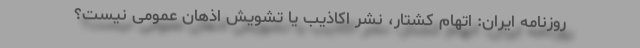
روزنامه ایران: اتهام کشتار، نشر اکاذیب یا تشویش اذهان عمومی نیست؟